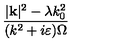
\frac { | \mathbf { k } | ^ { 2 } - \lambda k _ { 0 } ^ { 2 } } { ( k ^ { 2 } + i \varepsilon ) \Omega }